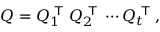
Q = Q _ { 1 } ^ { \textsf { T } } Q _ { 2 } ^ { \textsf { T } } \cdots Q _ { t } ^ { \textsf { T } } ,